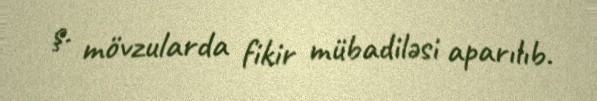
ş. mövzularda fikir mübadiləsi aparılıb.